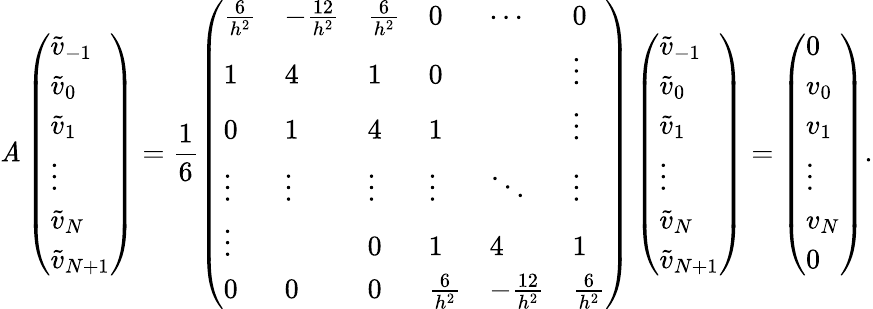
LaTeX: \mathit{A}\left(\begin{array}{l}{\widetilde v_{-1}}\\ {\widetilde v_{0}}\\ {\widetilde v_{1}}\\ {\vdots}\\ {\widetilde v_{N}}\\ {\widetilde v_{N+1}}\end{array}\right)=\frac{{1}}{{6}}\left(\begin{array}{llllll}{\frac{6}{h^{2}}}&{-\frac{12}{h^{2}}}&{\frac{6}{h^{2}}}&{0}&{\cdots}&{0}\\ {1}&{4}&{1}&{0}&&{\vdots}\\ {0}&{1}&{4}&{1}&&{\vdots}\\ {\vdots}&{\vdots}&{\vdots}&{\vdots}&{\ddots}&{\vdots}\\ {\vdots}&&{0}&{1}&{4}&{1}\\ {0}&{0}&{0}&{\frac{6}{h^{2}}}&{-\frac{12}{h^{2}}}&{\frac{6}{h^{2}}}\end{array}\right)\left(\begin{array}{l}{\widetilde v_{-1}}\\ {\widetilde v_{0}}\\ {\widetilde v_{1}}\\ {\vdots}\\ {\widetilde v_{N}}\\ {\widetilde v_{N+1}}\end{array}\right)=\left(\begin{array}{l}{0}\\ {v_{0}}\\ {v_{1}}\\ {\vdots}\\ {v_{N}}\\ {0}\end{array}\right).